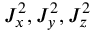
J _ { x } ^ { 2 } , J _ { y } ^ { 2 } , J _ { z } ^ { 2 }